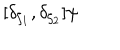
[ \delta _ { \zeta _ { 1 } } , \delta _ { \zeta _ { 2 } } ] \psi